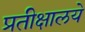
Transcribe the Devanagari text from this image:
प्रतीक्षालये